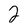
Character: 2